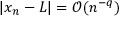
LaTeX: | x _ { n } - L | = { \mathcal { O } } ( n ^ { - q } )